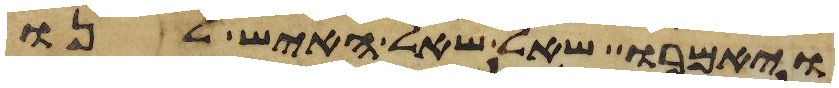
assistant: ויאמרו שאל שאל האיש לנו